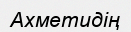
Ахметидің